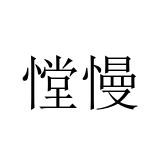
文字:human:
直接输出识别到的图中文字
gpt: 憆慢